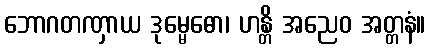
ဘောဂတဏှာယ ဒုမ္မေဓော၊ ဟန္တိ အညေဝ အတ္တနံ။